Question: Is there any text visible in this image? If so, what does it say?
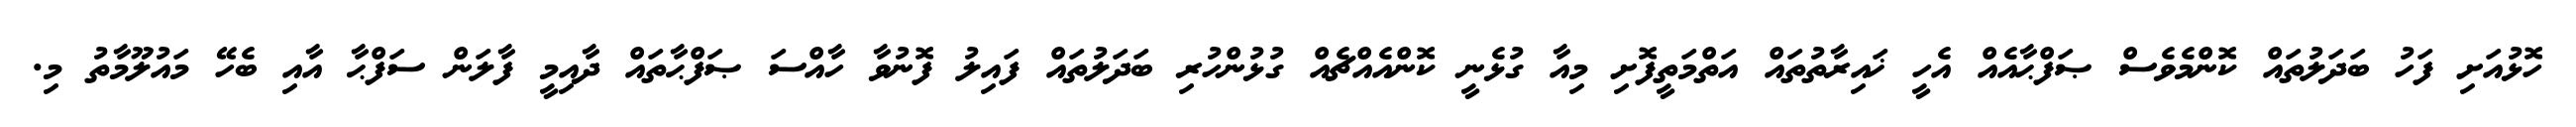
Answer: ހޮޅުއަށި ފަހު ބަދަލުތައް ކޮންމެވެސް ޞަފްޙާއެއް އެހީ ޚައިރާތުތައް އަތްމަތީފޮށި މިއާ ގުޅެނީ ކޮންއެއްޗެއް ގުޅުންހުރި ބަދަލުތައް ފައިލު ފޮނުވާ ހާއްސަ ޞަފްޙާތައް ދާއިމީ ފާލަން ސަފްޙާ އާއި ބެހޭ މައުލޫމާތު މި.